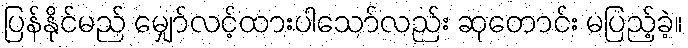
ပြန်နိုင်မည် မျှော်လင့်ထားပါသော်လည်း ဆုတောင်း မပြည့်ခဲ့။